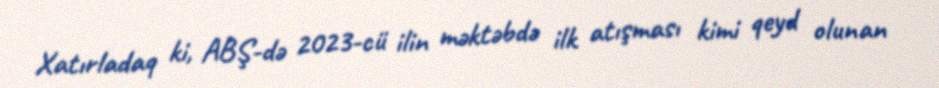
Xatırladaq ki, ABŞ-də 2023-cü ilin məktəbdə ilk atışması kimi qeyd olunan